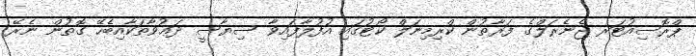
ޕްރޮސިއުޓަރ ޖެނެރަލްގެ ފަރާތުން ކްރިމިނަލް ކޯޓުގައި އުފުލާފައިވާ ސިޔާސީ ދަޢުވާތަކާއިބެހޭ ގޮތުން ނެރޭ